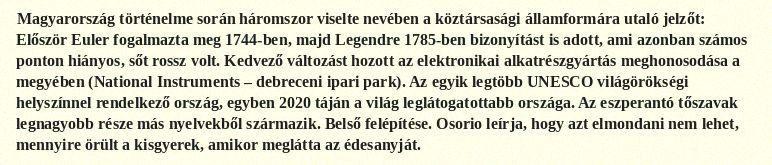
Magyarország történelme során háromszor viselte nevében a köztársasági államformára utaló jelzőt: Először Euler fogalmazta meg 1744-ben, majd Legendre 1785-ben bizonyítást is adott, ami azonban számos ponton hiányos, sőt rossz volt. Kedvező változást hozott az elektronikai alkatrészgyártás meghonosodása a megyében (National Instruments – debreceni ipari park). Az egyik legtöbb UNESCO világörökségi helyszínnel rendelkező ország, egyben 2020 táján a világ leglátogatottabb országa. Az eszperantó tőszavak legnagyobb része más nyelvekből származik. Belső felépítése. Osorio leírja, hogy azt elmondani nem lehet, mennyire örült a kisgyerek, amikor meglátta az édesanyját.